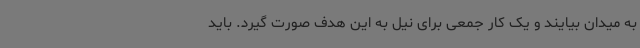
به میدان بیایند و یک کار جمعی برای نیل به این هدف صورت گیرد. باید